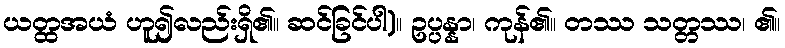
ယတ္ထအယံ ဟူ၍လည်းရှိ၏။ ဆင်ခြင်ပါ)။ ဥပ္ပန္နာ၊ ကုန်၏။ တဿ သတ္တဿ၊ ၏။